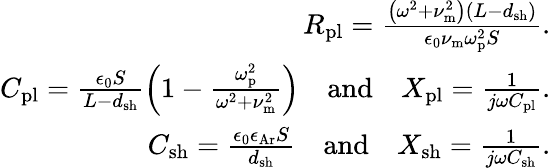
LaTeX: \begin{array}{r}{R_{\mathrm{pl}}=\frac{\left(\omega^{2}+\nu_{\mathrm{m}}^{2}\right)\left(L-d_{\mathrm{sh}}\right)}{\epsilon_{\mathrm{0}}\nu_{\mathrm{m}}\omega_{\mathrm{p}}^{2}S}.}\\ {C_{\mathrm{pl}}=\frac{\epsilon_{\mathrm{0}}S}{L-d_{\mathrm{sh}}}\left(1-\frac{\omega_{\mathrm{p}}^{2}}{\omega^{2}+\nu_{\mathrm{m}}^{2}}\right)\quad\mathrm{and}\quad X_{\mathrm{pl}}=\frac{1}{j\omega C_{\mathrm{pl}}}.}\\ {C_{\mathrm{sh}}=\frac{\epsilon_{\mathrm{0}}\epsilon_{\mathrm{Ar}}S}{d_{\mathrm{sh}}}\quad\mathrm{and}\quad X_{\mathrm{sh}}=\frac{1}{j\omega C_{\mathrm{sh}}}.}\end{array}